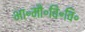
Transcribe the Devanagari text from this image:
भा॰मौ॰वि॰वि॰